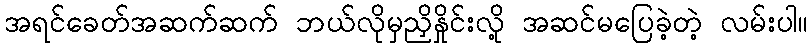
အရင်ခေတ်အဆက်ဆက် ဘယ်လိုမှညှိနှိုင်းလို့ အဆင်မပြေခဲ့တဲ့ လမ်းပါ။